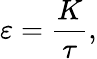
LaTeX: \varepsilon=\frac{K}{\tau},